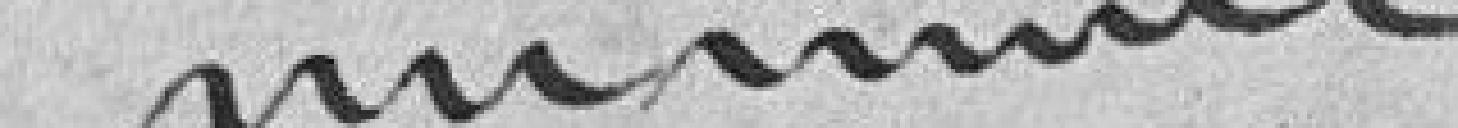
................